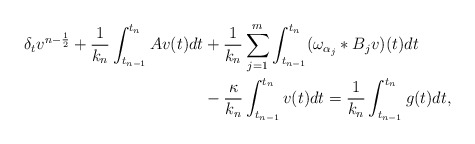
\begin{align*} \delta_tv^{n-\frac{1}{2}} + \frac{1}{k_n}\int_{t_{n-1}}^{t_n} Av(t)dt &+ \frac{1}{k_n}\sum\limits_{j=1}^m\int_{t_{n-1}}^{t_n}(\omega_{\alpha_j}*B_jv)(t)dt \\ & - \frac{\kappa}{k_n}\int_{t_{n-1}}^{t_n}v(t)dt = \frac{1}{k_n} \int_{t_{n-1}}^{t_n}g(t)dt, \end{align*}